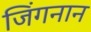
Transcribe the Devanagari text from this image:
जिंगनान